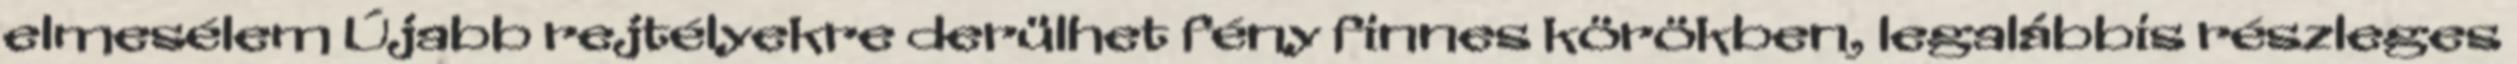
elmesélem Újabb rejtélyekre derülhet fény finnes körökben, legalábbis részleges